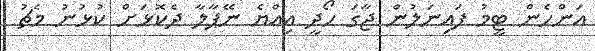
އަންހެން ޓީމު ފައިނަލުން ޖާގަ ހޯދީ އިއްޔެ ނޭޕާލާ ދެކޮޅަށް ކުޅުނު މެޗު